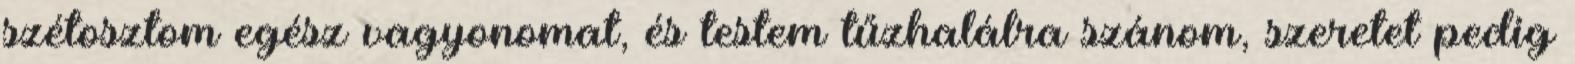
szétosztom egész vagyonomat, és testem tűzhalálra szánom, szeretet pedig